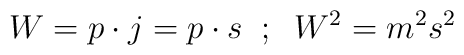
W=p\cdot j=p\cdot s \; \; ; \; \; W^{2}=m^{2}s^{2}